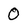
Character: 0